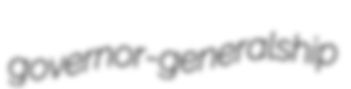
governor-generalship